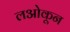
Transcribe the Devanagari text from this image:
लओकून